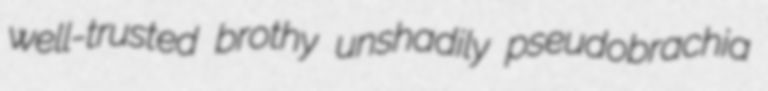
well-trusted brothy unshadily pseudobrachia